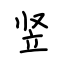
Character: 竖